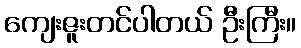
ကျေးဇူးတင်ပါတယ် ဦးကြီး။